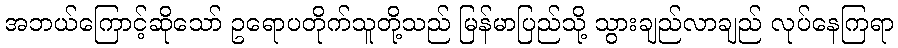
အဘယ်ကြောင့်ဆိုသော် ဥရောပတိုက်သူတို့သည် မြန်မာပြည်သို့ သွားချည်လာချည် လုပ်နေကြရာ